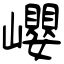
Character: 巊